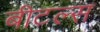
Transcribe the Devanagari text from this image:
बीटल्‍स